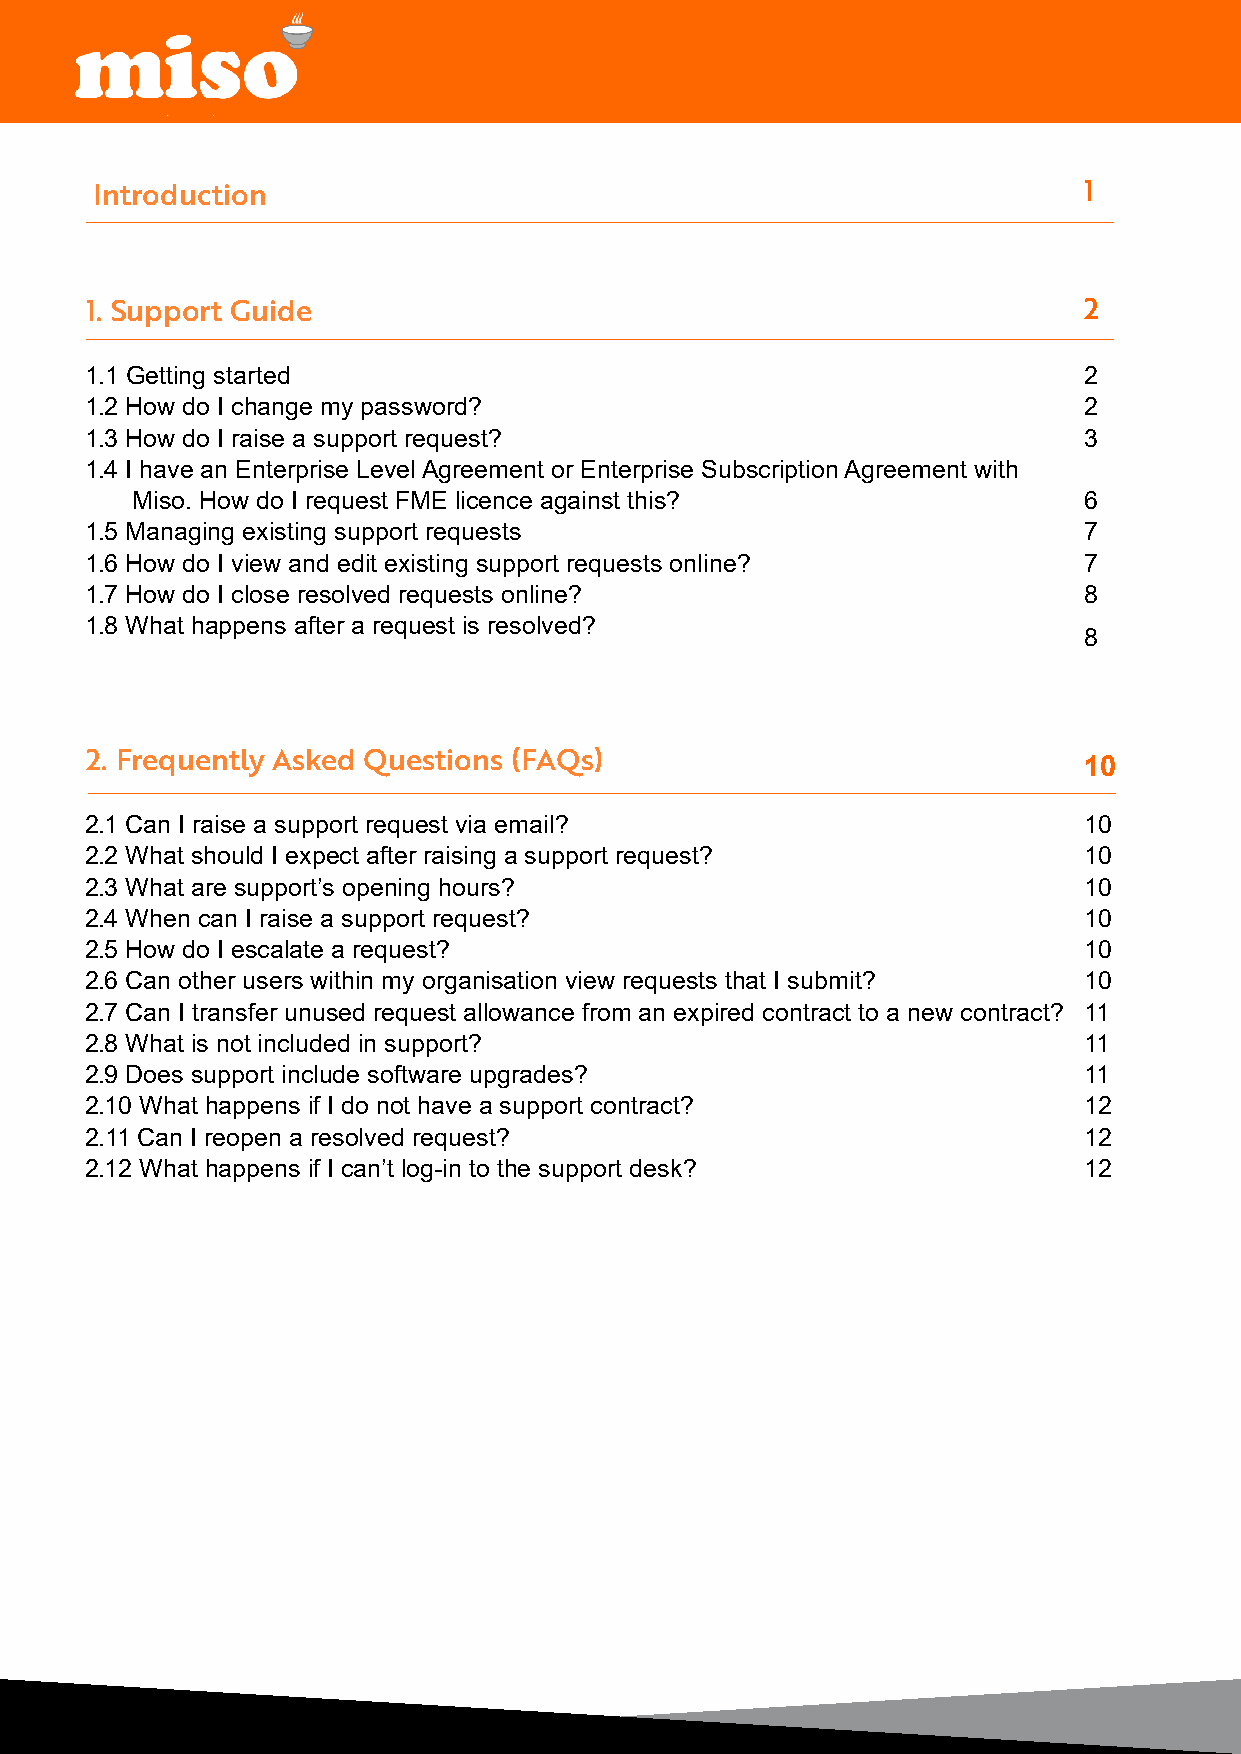
Introduction                                                      1
 1. Support Guide                                                  2
 1.1 Getting started                                               2
 1.2 How do I change my password?                                  2
 1.3 How do I raise a support request?                             3
 1.4 I have an Enterprise Level Agreement or Enterprise Subscription Agreement with
 Miso. How do I request FME licence against this?               6
 1.5 Managing existing support requests                            7
 1.6 How do I view and edit existing support requests online?      7
 1.7 How do I close resolved requests online?                      8
 1.8 What happens after a request is resolved?
 8
 2. Frequently Asked Questions (FAQs)
 10
 2.1 Can I raise a support request via email?                      10
 2.2 What should I expect after raising a support request?         10
 2.3 What are support’s opening hours?                             10
 2.4 When can I raise a support request?                           10
 2.5 How do I escalate a request?                                  10
 2.6 Can other users within my organisation view requests that I submit? 10
 2.7 Can I transfer unused request allowance from an expired contract to a new contract? 11
 2.8 What is not included in support?                              11
 2.9 Does support include software upgrades?                       11
 2.10 What happens if I do not have a support contract?            12
 2.11 Can I reopen a resolved request?                             12
 2.12 What happens if I can’t log-in to the support desk?          12